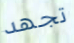
تجهد